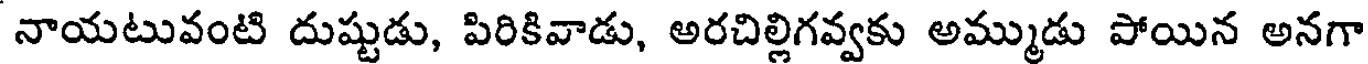
నాయటువంటి దుష్టుడు, పిరికివాడు, అరచిల్లిగవ్వకు అమ్ముడు పోయిన అనగా